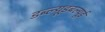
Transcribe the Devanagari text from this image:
डब्ल्यूडबल्यूई